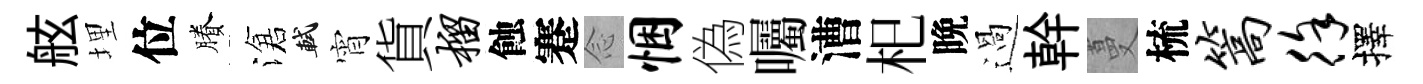
舷埋位賸滄軾宵貨榴蝕蹇𫝹悃偽囑漕𣏌晩過幹蔓梳篙徐擇